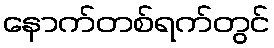
နောက်တစ်ရက်တွင်